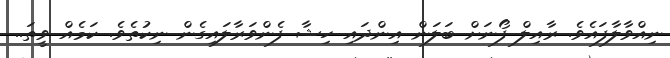
ނިއްވާލާފައެވެ. ރާއިލް ފޯނަށް ބަލަން އިންދައި ހިޝާ ފެންވަރާލައިގެން ނިކުތެވެ. ކަމެއް ވީތަ..